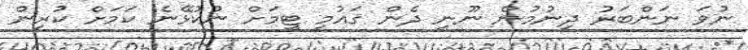
ނުވަ ނަންބަރު ދިނުމުން ނޫނީ ދެން ޤައުމީ ޓީމަށް ނުކުޅޭނެ ކަމަށް ކުރިން